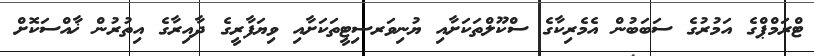
ޓްރަމްޕްގެ އަމުރުގެ ސަބަބުން އެމެރިކާގެ ސްކޫލްތަކަށާއި ޔުނިވަރސިޓީތަކަށާއި ވިޔަފާރީގެ ދާއިރާގެ އިތުރުން ޚާއްސަކޮށް